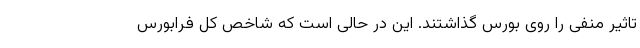
تاثیر منفی را روی بورس گذاشتند. این در حالی است که شاخص کل فرابورس